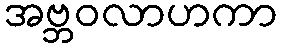
အဗ္ဘဝလာဟကာ